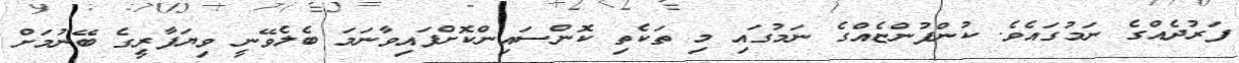
ފަރުދެއްގެ ނަމުގައެވެ. ކުންފުންޏެއްގެ ނަމުގައި މި ތަކެތި ކޮންސައިންކޮށްފައިވާނަމަ ބެލެވޭނީ ވިޔަފާރީގެ ބޭނުމަށް